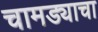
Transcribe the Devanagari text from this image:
चामड्याचा